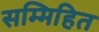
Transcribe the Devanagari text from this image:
सम्मिहित